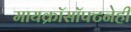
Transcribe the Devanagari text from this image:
मायक्रॉसॉफ्टनेही